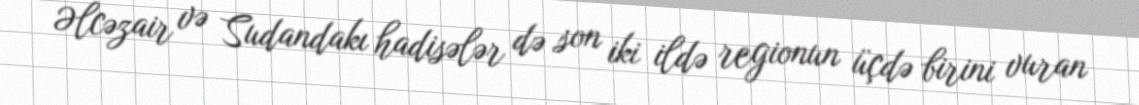
Əlcəzair və Sudandakı hadisələr də son iki ildə regionun üçdə birini vuran